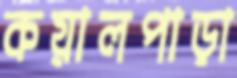
কয়ালপাড়া